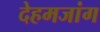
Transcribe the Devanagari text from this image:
देहमजांग